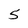
Character: 5